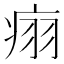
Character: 𬏬